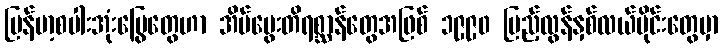
မြန်မာ့စပါးအုံးမြွေတွေဟာ အိမ်မွေးတိရစ္ဆာန်တွေအဖြစ် ၁၉၉၀ ပြည့်လွန်နှစ်လယ်ပိုင်းတွေမှာ